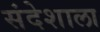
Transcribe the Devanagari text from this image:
संदेशाला